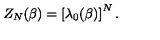
Z _ { N } ( \beta ) = \left[ \lambda _ { 0 } ( \beta ) \right] ^ { N } .